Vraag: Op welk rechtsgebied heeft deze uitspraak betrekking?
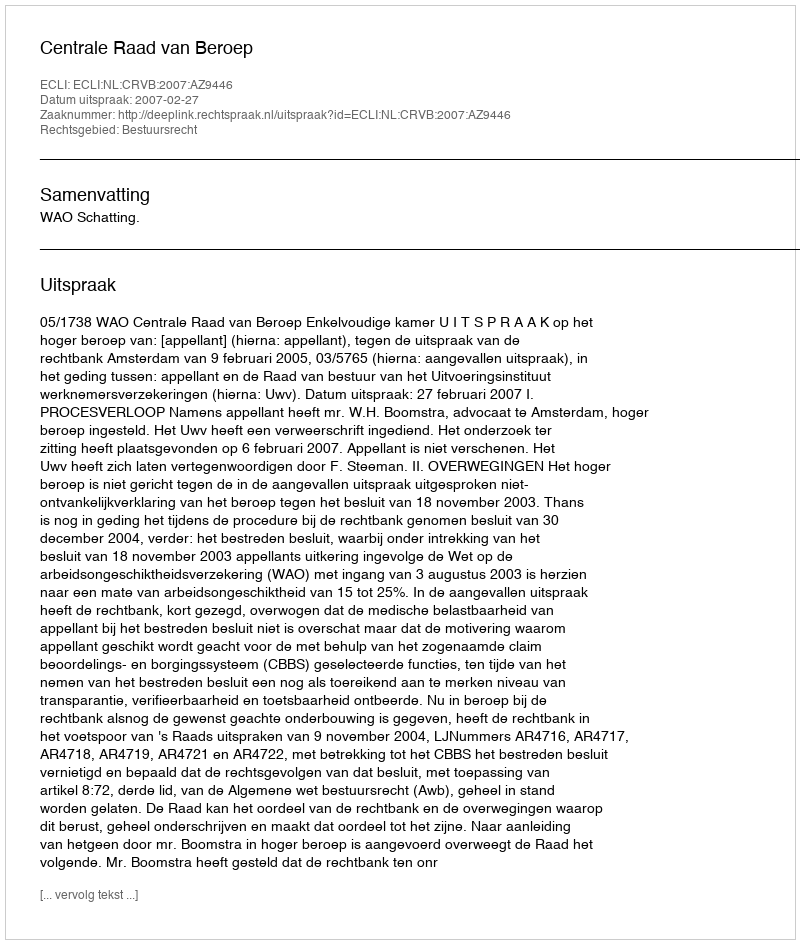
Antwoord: Bestuursrecht